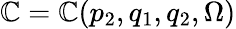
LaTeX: \mathbb{C}=\mathbb{C}(p_{2},q_{1},q_{2},\Omega)